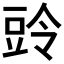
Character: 𮙒